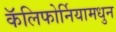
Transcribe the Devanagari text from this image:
कॅलिफोर्नियामधुन